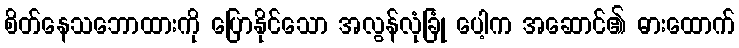
စိတ်နေသဘောထားကို ပြောနိုင်သော အလွန်လုံခြုံ ပေါ့က အဆောင်၏ ဓားထောက်